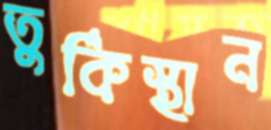
তুর্কিস্থান